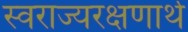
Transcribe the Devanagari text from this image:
स्वराज्यरक्षणार्थ